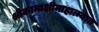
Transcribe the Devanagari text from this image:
श्रीकामाक्षीमाहात्म्यात